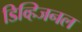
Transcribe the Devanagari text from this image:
डिव्हिजनल